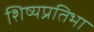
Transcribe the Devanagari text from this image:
शिष्यप्रतिभा